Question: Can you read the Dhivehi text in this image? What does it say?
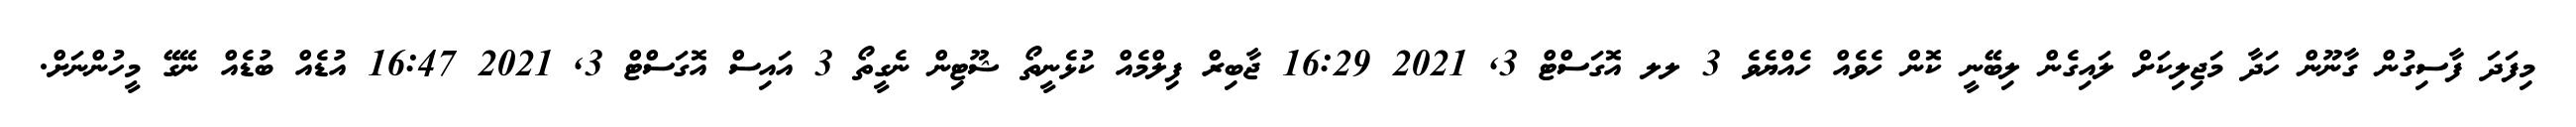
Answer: މިފަދަ ފާސިގުން ގާނޫން ހަދާ މަޖިލިކަށް ލައިގެން ލިބޭނީ ކޮން ހެވެއް ހެއްޔެވެ 3 ލލ އޮގަސްޓް 3, 2021 16:29 ޖާބިރް ފިލްމެއް ކުޅެނީތޯ ޝޫޓިން ނެގީތޯ 3 އައިސް އޮގަސްޓް 3, 2021 16:47 އުޑެއް ބުޑެއް ނޭގޭ މީހުންނަށް.